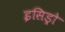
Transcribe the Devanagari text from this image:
इसिड्रो